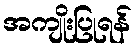
အကျိုးပြုရန်